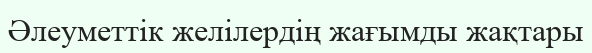
Әлеуметтік желілердің жағымды жақтары